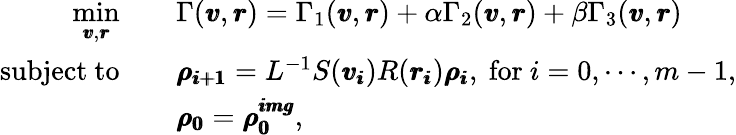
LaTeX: \begin{array}{rl}{\underset{\pmb{v},\pmb{r}}{\mathrm{min}}\quad}&{\Gamma(\pmb{v},\pmb{r})=\Gamma_{1}(\pmb{v},\pmb{r})+\alpha\Gamma_{2}(\pmb{v},\pmb{r})+\beta\Gamma_{3}(\pmb{v},\pmb{r})}\\ {\mathrm{subject~to}\quad}&{\pmb{\rho_{i+1}}=L^{-1}S(\pmb{v_{i}})R(\pmb{r_{i}})\pmb{\rho_{i}}\mathrm{,~for~}i=0,\cdots,m-1,}\\ &{\pmb{\rho_{0}}=\pmb{\rho_{0}^{img}},}\end{array}